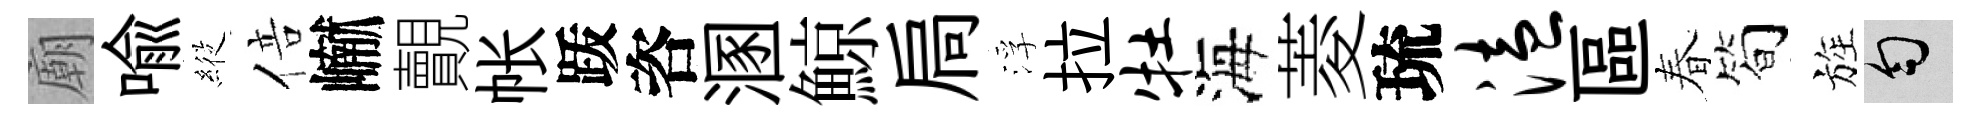
廟喩𦂵倍𪩘覿帐䟦咨溷鯨扃浮拉牡海菱琉溘區春筍旌匀